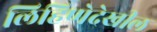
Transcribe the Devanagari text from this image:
लिहिणेदेखील